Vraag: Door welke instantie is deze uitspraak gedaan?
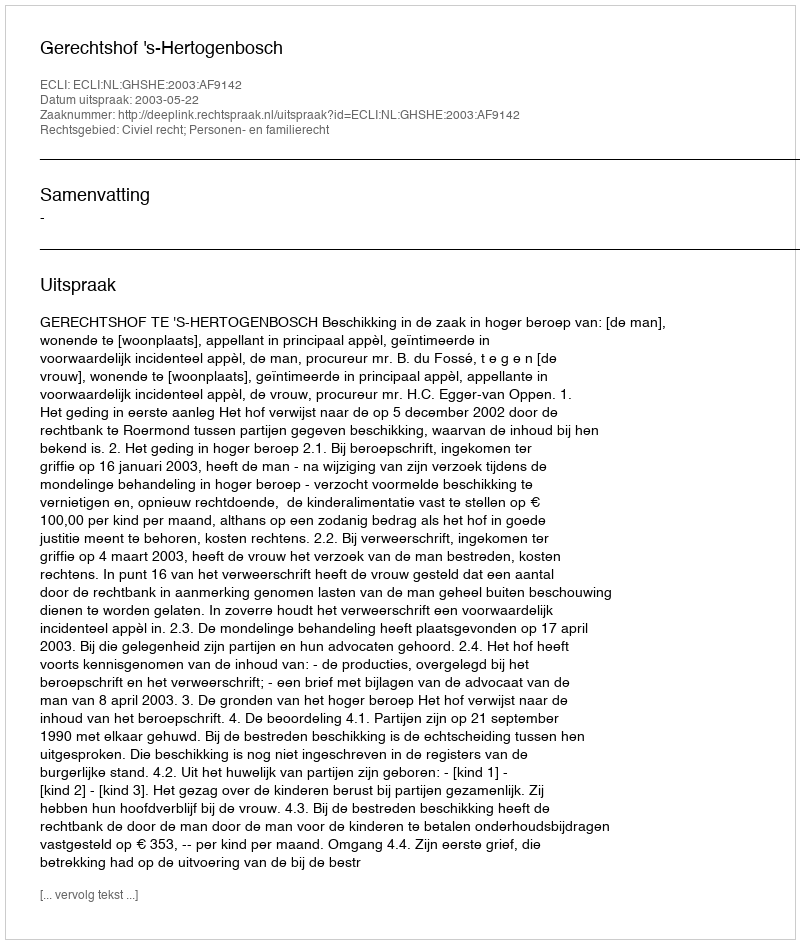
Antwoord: Gerechtshof 's-Hertogenbosch